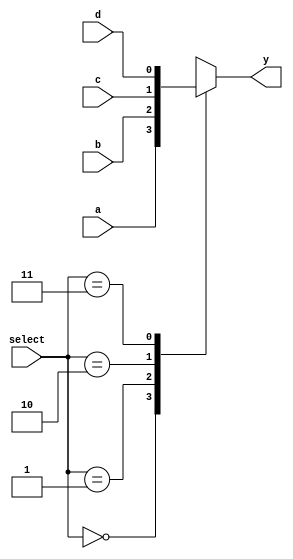
module xup_4_to_1_mux #(parameter DELAY = 3)(
    input a,
    input b,
    input c,
    input d,
    input [1:0] select,
    output y
    );
    reg data;
    
    always @(*) begin
        case(select)
            2'b00 : data <= a;
            2'b01 : data <= b;
            2'b10 : data <= c;
            2'b11 : data <= d;
            default : data <= a;
        endcase
    end
    
    assign #DELAY y = data;
        
endmodule